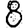
Digit: 8